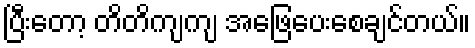
ပြီးတော့ တိတိကျကျ အဖြေပေးစေချင်တယ်။